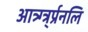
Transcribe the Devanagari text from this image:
आत्र्ग्त्र्र्प्रनलि